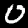
Digit: 0